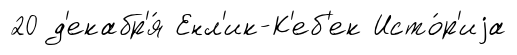
20 д'екабр'я́ Енл'ик-К'еб'ек Исто́р'иjа